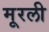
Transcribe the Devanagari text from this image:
मूरली